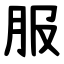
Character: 服